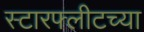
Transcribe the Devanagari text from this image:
स्टारफ्लीटच्या